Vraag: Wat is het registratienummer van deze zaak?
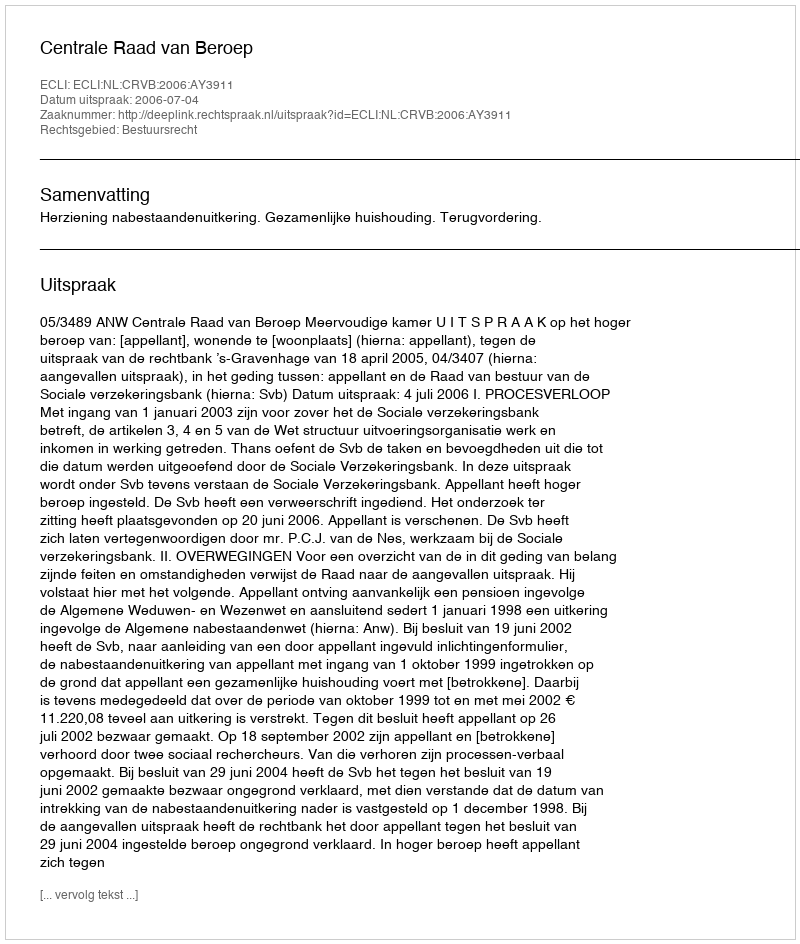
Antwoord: http://deeplink.rechtspraak.nl/uitspraak?id=ECLI:NL:CRVB:2006:AY3911